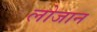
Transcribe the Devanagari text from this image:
लोजान